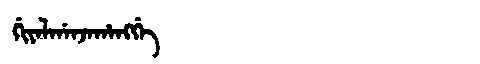
Manchu: ᡤᡳᠶᠠᠯᡤᠠᠨᠵᠠᡥᠠᠩᡤᡝ
Romanization: GIYALGANJAHANGGE